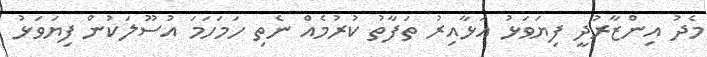
މެދު އިންޒާރުދީ ފިޔަވަޅު އަޅާާއިރު ތަފާތު ކުރުމެއް ނެތި ހަމަހަަމަ އުސޫލަކުން ފިޔަވަޅު